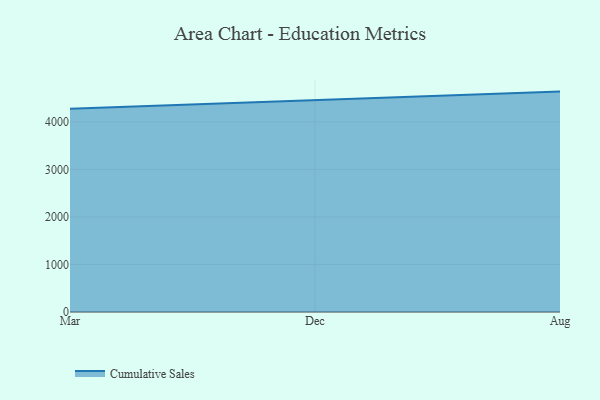
{"axis": {"x": "Month", "y": "Humidity (%)"}, "legend": ["Cumulative Sales"], "data": [{"x": "Mar", "y": 4275.1, "type": "Cumulative Sales"}, {"x": "Dec", "y": 4457.1, "type": "Cumulative Sales"}, {"x": "Aug", "y": 4636.5, "type": "Cumulative Sales"}]}